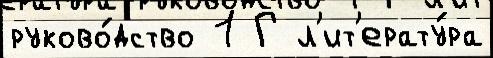
руково́дство 1 Г л'ит'ерату́ра